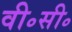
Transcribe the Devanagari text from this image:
वी॰सी॰